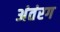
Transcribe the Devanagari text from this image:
अंतंरग